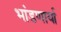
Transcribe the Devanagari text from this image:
भांडणार्या